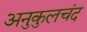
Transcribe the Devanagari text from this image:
अनुकुलचंद